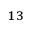
^ { 1 3 }